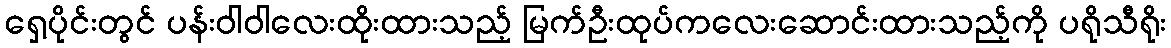
ရှေ့ပိုင်းတွင် ပန်းဝါဝါလေးထိုးထားသည့် မြက်ဦးထုပ်ကလေးဆောင်းထားသည့်ကို ပရိုသီရိုး